King Institute of Preventive Medicine Micro-Biological Section reports 1912-19
Year: 1912
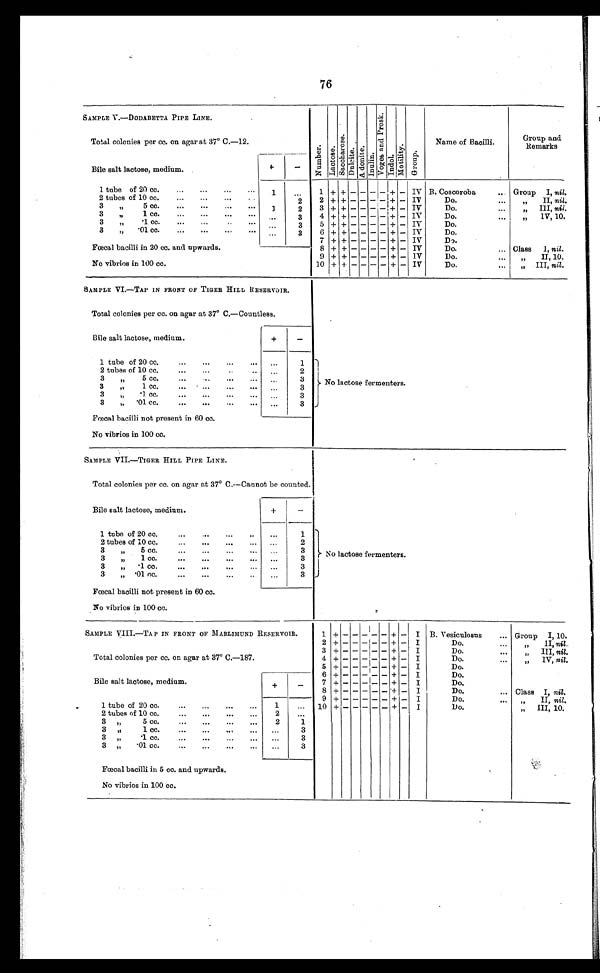
76
SAMPLE V.—DODABETTA PIPE LINE.
Number .
Lactose. Sacchar ose. Dulicite. Adoni te. Inulin.
Voge s a bd Pr os k.
Indol. Motility.
Group
Name of Bacilli.
Group and
Remarks
Tot al col oni es per cc. on agar at 37° C. -12.
Bile salt lactose, medium.
+
-
1 tube of 20 cc. ... ... ... ...
1
. . . 1 + + - - -
- + - IV B. Coscoroba
Group I, nil.
2 tubes of 10 cc. ... ... ...
2
2 + + - - - - + - IV
Do.
„ I I ,
n i l
.
3 „ 5 cc. ... ... ... ...
1
2
3 + + - - - - + - IV
Do. ...
„ I I I ,
n i l .
3 „ .1 cc.
. . .
3
4 + + - - - - + - IV
Do.
„ I V , 1 0 .
3 „ .1 cc. ... ... .. ...
. . .
3
5 + + - - - - + - IV
Do.
3 „ .01 cc. ... ... ...
...
. . .
3
6 + + - - - - + - IV
Do.
7
+ - - - - +
- IV
Do.
8 + + - - - - + - IV
Do. ...
Class I, nil.
Fœcal bacilli in 20 cc and upwards.
9 +
+
- - - - + - IV
Do. ...
„
II, 10.
No vibrios in 100 cc.
10 + + - - - - + - IV
Do. ...
„ III, nil.
SAMPLE VI.—TAP IN FRONT OF TIGER HILL RESERVOIR.
No lactose fermenters
.
Total colonies per cc. on agar at 37° C.—Countless.
Bile salt lactose, medium.
+
-
1 tube of 20 cc. ... ... ...
. . .
1
2 tubes of 10 cc. ... .....
. . .
2
3 „ 5 cc. ... ...
..
3 „ 1 cc. ... ... ....
. . .
. . .
3
3
3 .. .1 cc. ... ...
. . .
3
3 „ .01 cc. ... ... ...
. . .
3
Fœcal bacilli not present in 60 cc.
No vibrios in 100 cc.
SAMPLE VII.—TIGER HILL PIPE LINE.
No lactose fermenters
.
Total colonies per cc. on agar at 37° C.—Cannot be counted.
Bile salt lactose, medium.
+
-
1 tube of 20 cc. ... ,. ... ..
. . .
1
2 tubes of 10 cc. ... ... ... ...
. . .
2
3 „ 5 cc. ... ... ... ...
3 „ 1 cc. ... ... ... ...
. . .
. . .
3
3
3 „ . 1 cc.
...
...
...
... . . .
3
3 „ .01 cc. ... ... ...
3
Fœcal bacilli not present in 60 cc.
No vibrios in 100 cc.
SAMPLE VIII.—TAP IN FRONT OF MARLIMUND RESERVOIR.
1 + -
- - -
- +
- I B. Vesiculosus . . . Group I, 10.
Total colonies per cc. on agar at 37° C.—187.
2 + - - - -
- + - I
Do.
„ I I ,
n i l
.
3 + - - - -
- + - -
Do.
„ I I I ,
n i l
.
4 + - - - -
- + - I
Do.
„ I V ,
n i l .
Bile salt lactose, medium
+
_-
5 + - - - -
- + - I
Do.
6 + - - - -
- + - I
Do.
7 + - - - -
- + - I
Do.
8 + - - - -
- + - I
Do. ...
Class I, nil.
9 + -- - - -
- + - I
Do....
. . .
- nil
1 tube of 20 cc. ... ... ... ...
1
. . . 10 + - - - -
- + - I
Do.
„ III, 10.
2 tubes of 10 cc. ... ... ... ...
2
. . .
3 „
5 cc. ... ... ... ...
2
1
3
,,
1 cc. ... ... ... ...
. . .
3
3
„.1 cc. ... ... ... ...
. . .
3
3 „
.01 cc. ... ... ... ...
. . .
3
Fœcal bacilli in 5 cc. and upwards.
No vibrios in 100 cc.